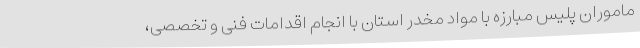
ماموران پلیس مبارزه با مواد مخدر استان با انجام اقدامات فنی و تخصصی،